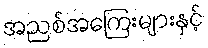
အညစ်အကြေးများနှင့်